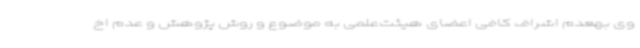
وی بهعدم اشراف کافی اعضای هیئت‌علمی به موضوع و روش پژوهش و عدم اخ